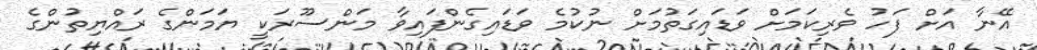
އޭނާ އަށް ފަހު ވެރިކަމަށް ވަޑައިގަތުމަށް ނުކުމެ ވަޑައިގެންފައިވާ މަންސޫރަކީ ޔަމަންގެ ރައްޔިތުންގެ